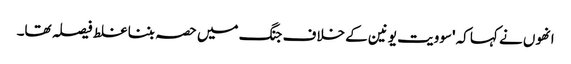
انھوں نے کہا کہ 'سوویت یونین کے خلاف جنگ میں حصہ بننا غلط فیصلہ تھا۔